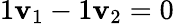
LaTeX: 1\mathbf{v}_{1}-1\mathbf{v}_{2}=0